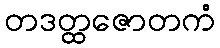
တဒတ္ထဇောတကံ